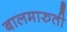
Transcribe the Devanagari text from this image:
बालमारुती